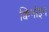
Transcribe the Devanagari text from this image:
क्विनॉइन